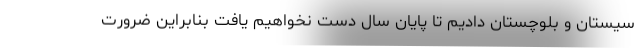
سیستان و بلوچستان دادیم تا پایان سال دست نخواهیم یافت بنابراین ضرورت